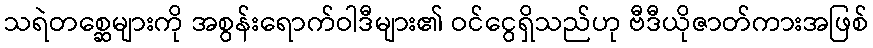
သရဲတစ္ဆေများကို အစွန်းရောက်ဝါဒီများ၏ ဝင်ငွေရှိသည်ဟု ဗီဒီယိုဇာတ်ကားအဖြစ်